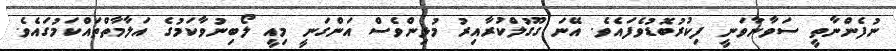
ނުފެންނާތީ ސަވާނާވަނީ ފިކުރުބޮޑުވެފައެވެ. އޭނަ ގޫގުލްކުރާއިރު މުޅިންވެސް އަންގަނީ މިއީ ލޯބިނުވާކަމުގެ އަލާމާތްތައްކަމުގައެވެ.